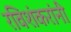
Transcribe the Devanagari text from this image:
रविशंकरांनी